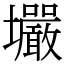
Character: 壧